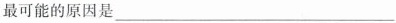
最可能的原因是___